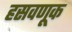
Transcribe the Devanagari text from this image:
हसवणूक